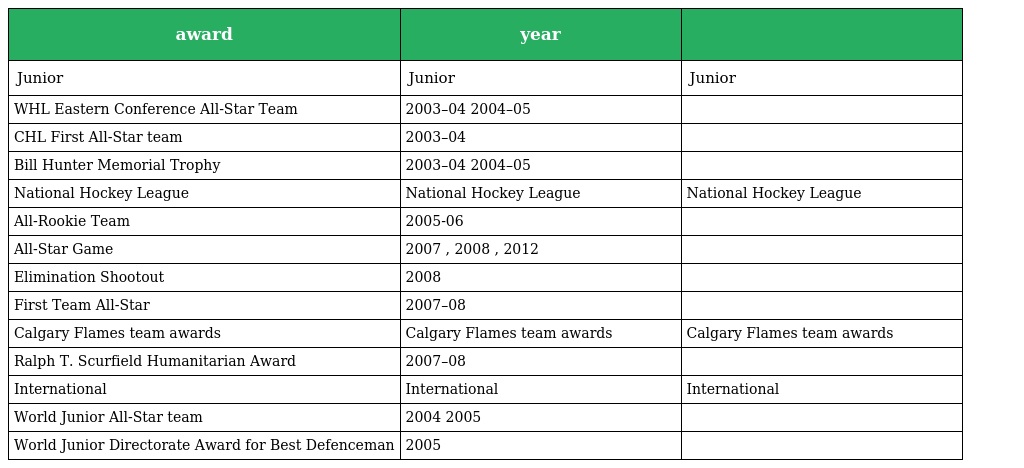
| award | year |  |
 | --- | --- | --- |
 | Junior | Junior | Junior |
 | WHL Eastern Conference All-Star Team | 2003–04 2004–05 |  |
 | CHL First All-Star team | 2003–04 |  |
 | Bill Hunter Memorial Trophy | 2003–04 2004–05 |  |
 | National Hockey League | National Hockey League | National Hockey League |
 | All-Rookie Team | 2005-06 |  |
 | All-Star Game | 2007 , 2008 , 2012 |  |
 | Elimination Shootout | 2008 |  |
 | First Team All-Star | 2007–08 |  |
 | Calgary Flames team awards | Calgary Flames team awards | Calgary Flames team awards |
 | Ralph T. Scurfield Humanitarian Award | 2007–08 |  |
 | International | International | International |
 | World Junior All-Star team | 2004 2005 |  |
 | World Junior Directorate Award for Best Defenceman | 2005 |  |